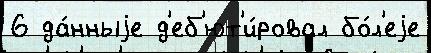
6 да́нныjе д'еб'ют'и́ровал бо́л'еjе